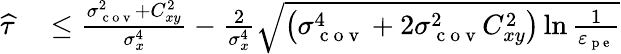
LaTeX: \begin{array}{rl}{\widehat{\tau}}&{{}\leq\frac{\sigma_{\mathrm{~c~o~v~}}^{2}+C_{xy}^{2}}{\sigma_{x}^{4}}-\frac{2}{\sigma_{x}^{4}}\sqrt{\left(\sigma_{\mathrm{~c~o~v~}}^{4}+2\sigma_{\mathrm{~c~o~v~}}^{2}C_{xy}^{2}\right)\ln\frac{1}{\varepsilon_{\mathrm{~p~e~}}}}}\end{array}